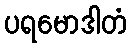
ပရမောဒါတံ